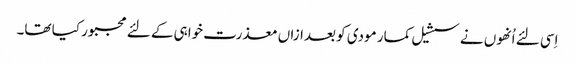
اِسی لئے اُنھوں نے سشیل کمار مودی کو بعدازاں معذرت خواہی کے لئے مجبور کیا تھا۔